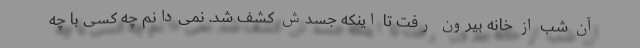
آن شب از خانه بیرون رفت تا اینکه جسدش کشف شد. نمی‌دانم چه کسی با چه